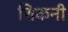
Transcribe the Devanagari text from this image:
शिकनी